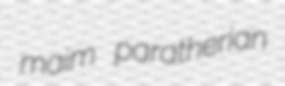
maim paratherian